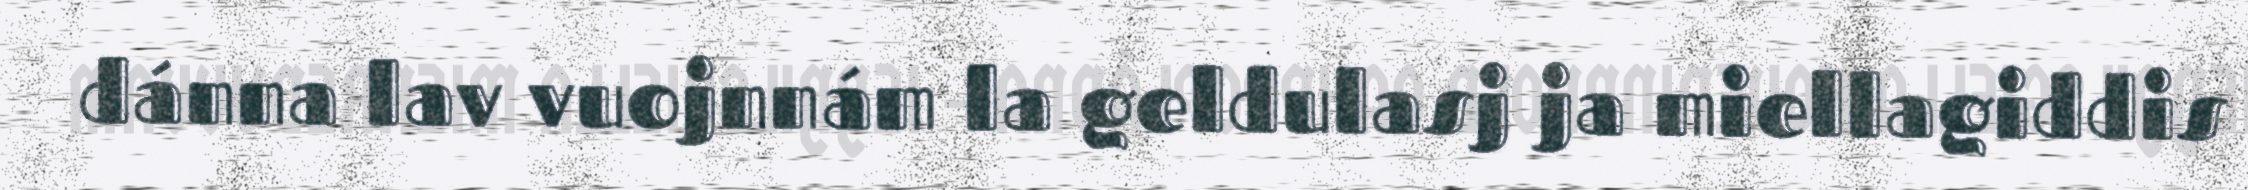
dánna lav vuojnnám la geldulasj ja miellagiddis